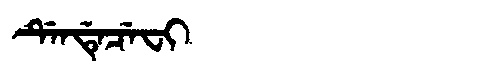
Manchu: ᡩᡝᠨᡩᡝᠴᡝᠸᡳ
Romanization: DENDECEFI